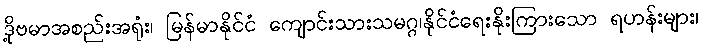
ဒို့ဗမာအစည်းအရုံး၊ မြန်မာနိုင်ငံ ကျောင်းသားသမဂ္ဂ၊နိုင်ငံရေးနိုးကြားသော ရဟန်းများ၊